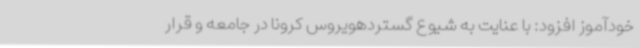
خودآموز افزود: با عنایت به شیوع گستردهویروس کرونا در جامعه و قرار